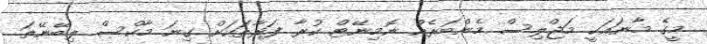
މީގެ މާނައަކީ މަޖްލިސް މެންބަރެއް ނޮމިނޭޓް ކުރާ ފަރާތަކަށް ގިނަ މާކްސް ލިބޭނޭތަ